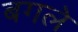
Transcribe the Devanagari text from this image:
बगले